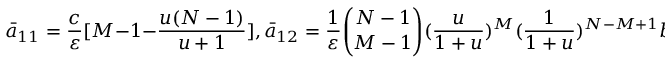
\bar { a } _ { 1 1 } = \frac { c } { \varepsilon } [ M - 1 - \frac { u ( N - 1 ) } { u + 1 } ] , \bar { a } _ { 1 2 } = \frac { 1 } { \varepsilon } \binom { N - 1 } { M - 1 } ( \frac { u } { 1 + u } ) ^ { M } ( \frac { 1 } { 1 + u } ) ^ { N - M + 1 } b ,